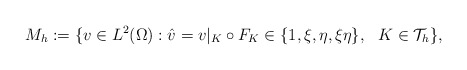
\begin{align*}M_{h}:=\{ v\in L^2(\Omega): \hat{v}=v|_{K}\circ F_{K} \in \{1,\xi,\eta,\xi\eta\} ,\ \ K\in \mathcal{T}_{h}\},\end{align*}